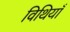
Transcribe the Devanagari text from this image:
विथियाँ